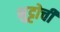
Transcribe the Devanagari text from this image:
भुट्टोची